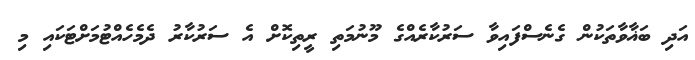
އަދި ބަޣާވާތަކުން ގެނެސްފައިވާ ސަރުކާރެއްގެ މޫނުމަތި ރީތިކޮށް އެ ސަރުކާރު ދެމެހެއްޓުމަށްޓަކައި މި